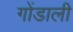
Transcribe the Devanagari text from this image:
गोंडाली